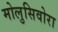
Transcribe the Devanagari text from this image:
मोलुसिवोरा